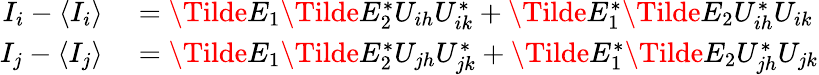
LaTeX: \begin{array}{rl}{I_{i}-\langle I_{i}\rangle}&{{}=\Tilde{E}_{1}\Tilde{E}_{2}^{*}U_{ih}U_{ik}^{*}+\Tilde{E}_{1}^{*}\Tilde{E}_{2}U_{ih}^{*}U_{ik}}\\ {I_{j}-\langle I_{j}\rangle}&{{}=\Tilde{E}_{1}\Tilde{E}_{2}^{*}U_{jh}U_{jk}^{*}+\Tilde{E}_{1}^{*}\Tilde{E}_{2}U_{jh}^{*}U_{jk}}\end{array}